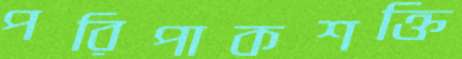
পরিপাকশক্তি